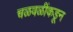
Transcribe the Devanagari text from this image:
चळवळींकडून